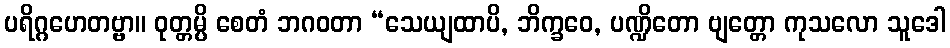
ပရိဂ္ဂဟေတဗ္ဗာ။ ဝုတ္တမ္ပိ စေတံ ဘဂဝတာ “သေယျထာပိ, ဘိက္ခဝေ, ပဏ္ဍိတော ဗျတ္တော ကုသလော သူဒေါ